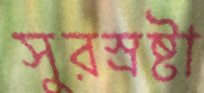
সুরস্রষ্টা